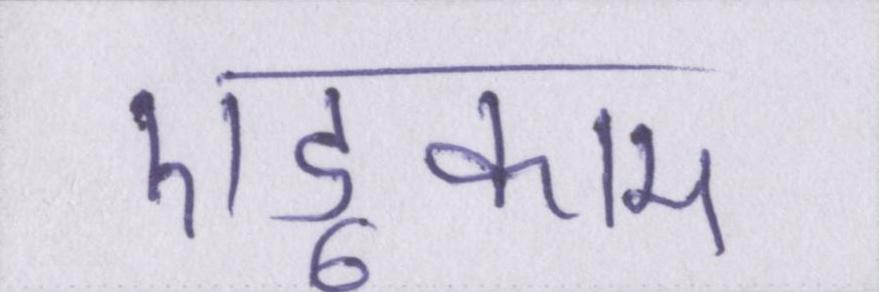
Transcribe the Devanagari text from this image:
एडूकाम